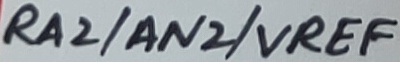
Text: RA2/AN2/VREF